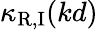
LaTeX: \kappa_{\mathrm{R,I}}(kd)